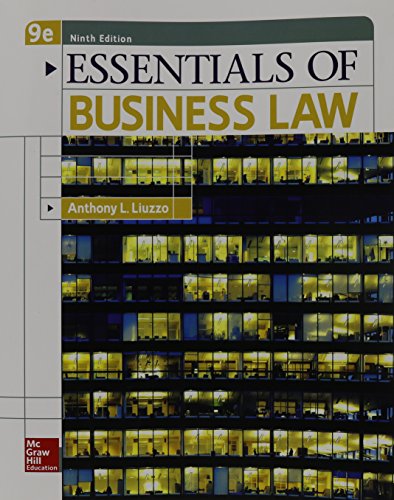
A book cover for Essentials of Business Law; Anthony Liuzzo; Law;